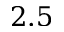
2 . 5